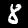
Label: 8